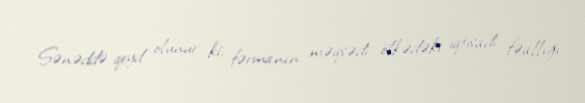
Sənəddə qeyd olunur ki, fərmanın məqsədi ölkədəki iqtisadi fəallığı